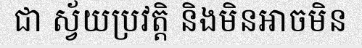
ជា ស្វ័យប្រវត្តិ និងមិនអាចមិន